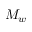
M _ { w }